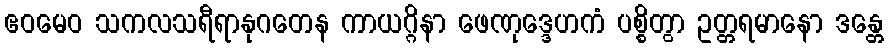
ဧဝမေဝ သကလသရီရာနုဂတေန ကာယဂ္ဂိနာ ဖေဏုဒ္ဒေဟကံ ပစ္စိတွာ ဥတ္တရမာနော ဒန္တေ